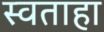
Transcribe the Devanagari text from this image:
स्वताहा